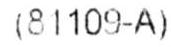
(81109-A)